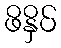
ဖိနှိပ်